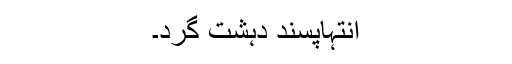
انتہاپسند دہشت گرد۔